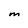
Character: M